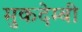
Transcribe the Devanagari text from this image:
मुकदेम्बी